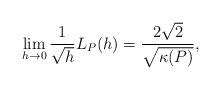
LaTeX: \begin{align*} \begin{aligned} \lim_{h\rightarrow 0} \frac{1}{\sqrt{h}}L_P(h)= \frac{2\sqrt{2}}{\sqrt{\kappa(P)}}, \end{aligned} \end{align*}